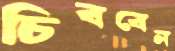
চিববেন